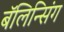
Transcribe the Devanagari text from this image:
बॅलिन्सिंग